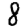
Digit: 8